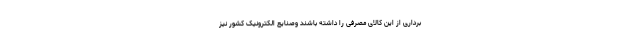
برداری از این کالای مصرفی را داشته باشند وصنایع الکترونیک کشور نیز